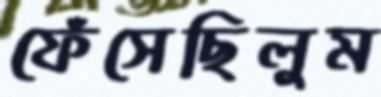
ফেঁসেছিলুম